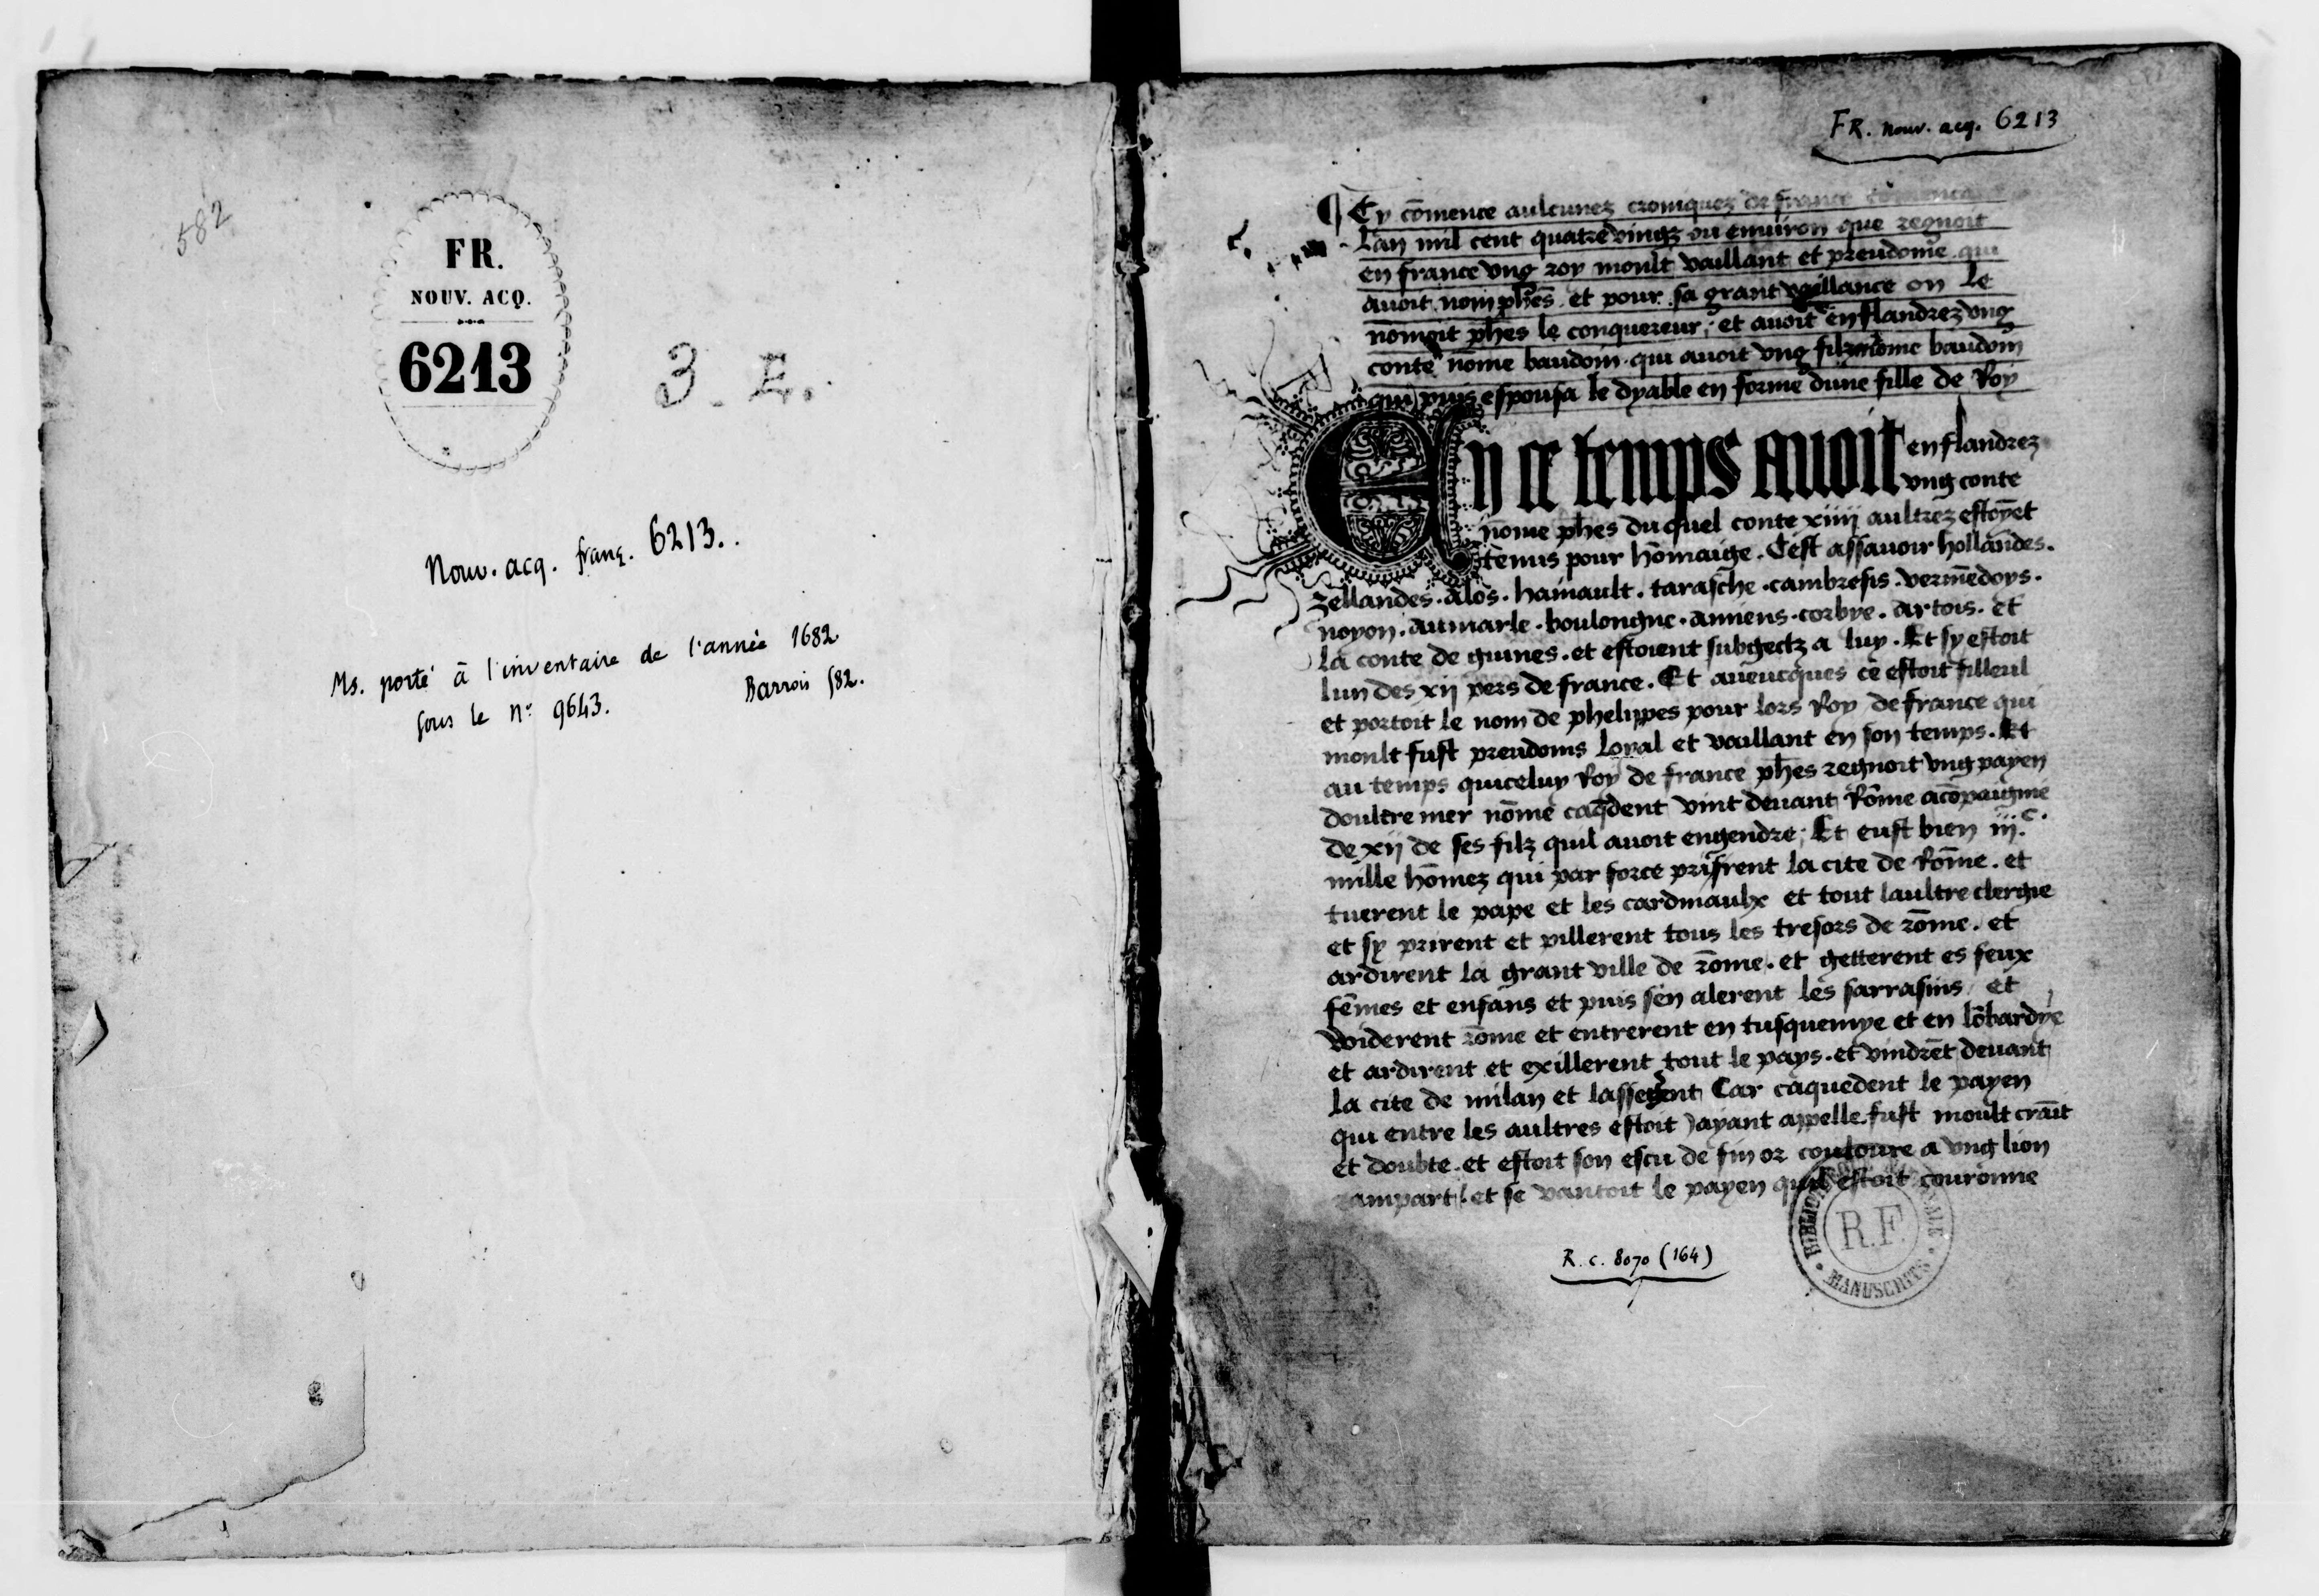
Shelfmark: Paris, BnF, NAF 6213
Century: 15